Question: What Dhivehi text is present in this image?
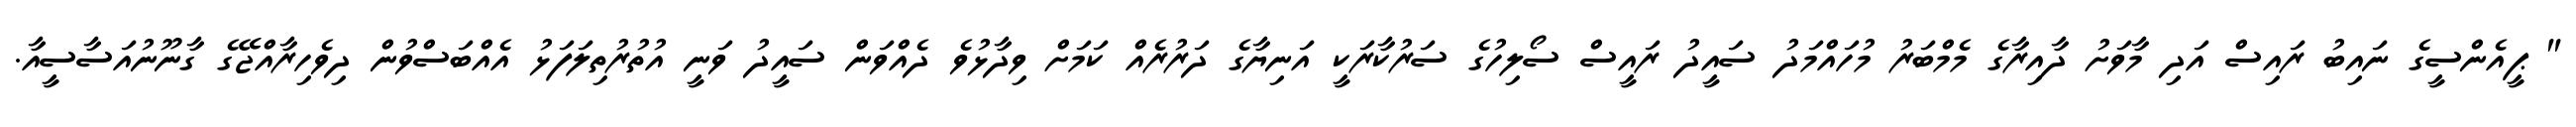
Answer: " ޕީއެންސީގެ ނައިބު ރައިސް އަދި މާވަށު ދާއިރާގެ މެމްބަރު މުހައްމަދު ސައީދު ރައީސް ސޯލިހުގެ ސަރުކާރަކީ އަނިޔާގެ ދަރުރެއް ކަމަށް ވިދާޅުވެ ދެއްވަން ސައީދު ވަނީ އުތުރުތިލަފަޅު އެއްބަސްވުން ދިވެހިރާއްޖޭގެ ގާނޫނުއަސާސީއާ.